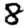
Digit: 8